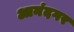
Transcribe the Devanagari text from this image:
आनंदगर